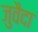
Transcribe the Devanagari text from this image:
जुवैदा